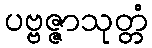
ပဗ္ဗဇ္ဇာသုတ္တံ